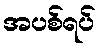
အပစ်ရပ်